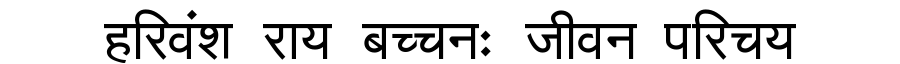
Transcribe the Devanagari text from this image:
हरिवंश राय बच्चनः जीवन परिचय